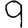
Digit: 9